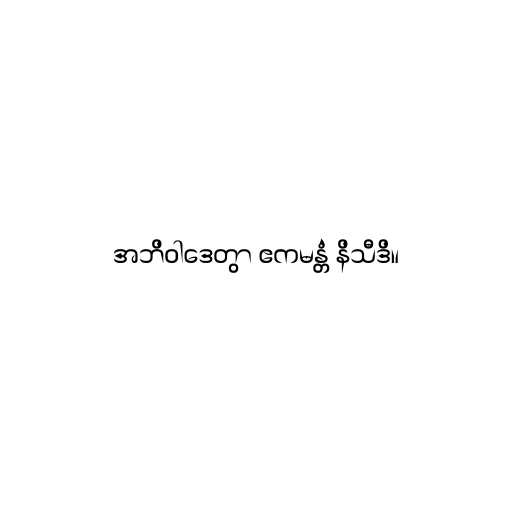
အဘိဝါဒေတွာ ဧကမန္တံ နိသီဒိ။